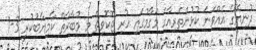
ދުނިޔޭގެ އެއްވަނަ ކުޅުންތެރިއާގެ މަގާމުގައި ހުރި ޖޮކޮވިޗް މި މުބާރާތް ކާމިޔާބުކުރީ 3-1